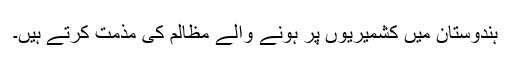
ہندوستان میں کشمیریوں پر ہونے والے مظالم کی مذمت کرتے ہیں۔